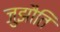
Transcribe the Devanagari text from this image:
जुझौति